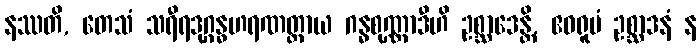
နဿတိ, တေသံ သရီရဒုဂ္ဂန္ဓဟရဏတ္ထာယ ဂန္ဓစုဏ္ဏာဒီဟိ ဥစ္ဆာဒေန္တိ, ဧဝရူပံ ဥစ္ဆာဒနံ န